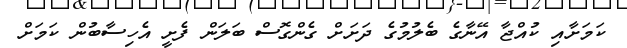
ކަމަށާއި ކުއްޖާ އޭނާގެ ބެލުމުގެ ދަށަށް ގެންގޮސް ބަލަން ފެށީ އެހިސާބުން ކަމަށް